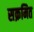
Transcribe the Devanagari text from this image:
सक्रमित